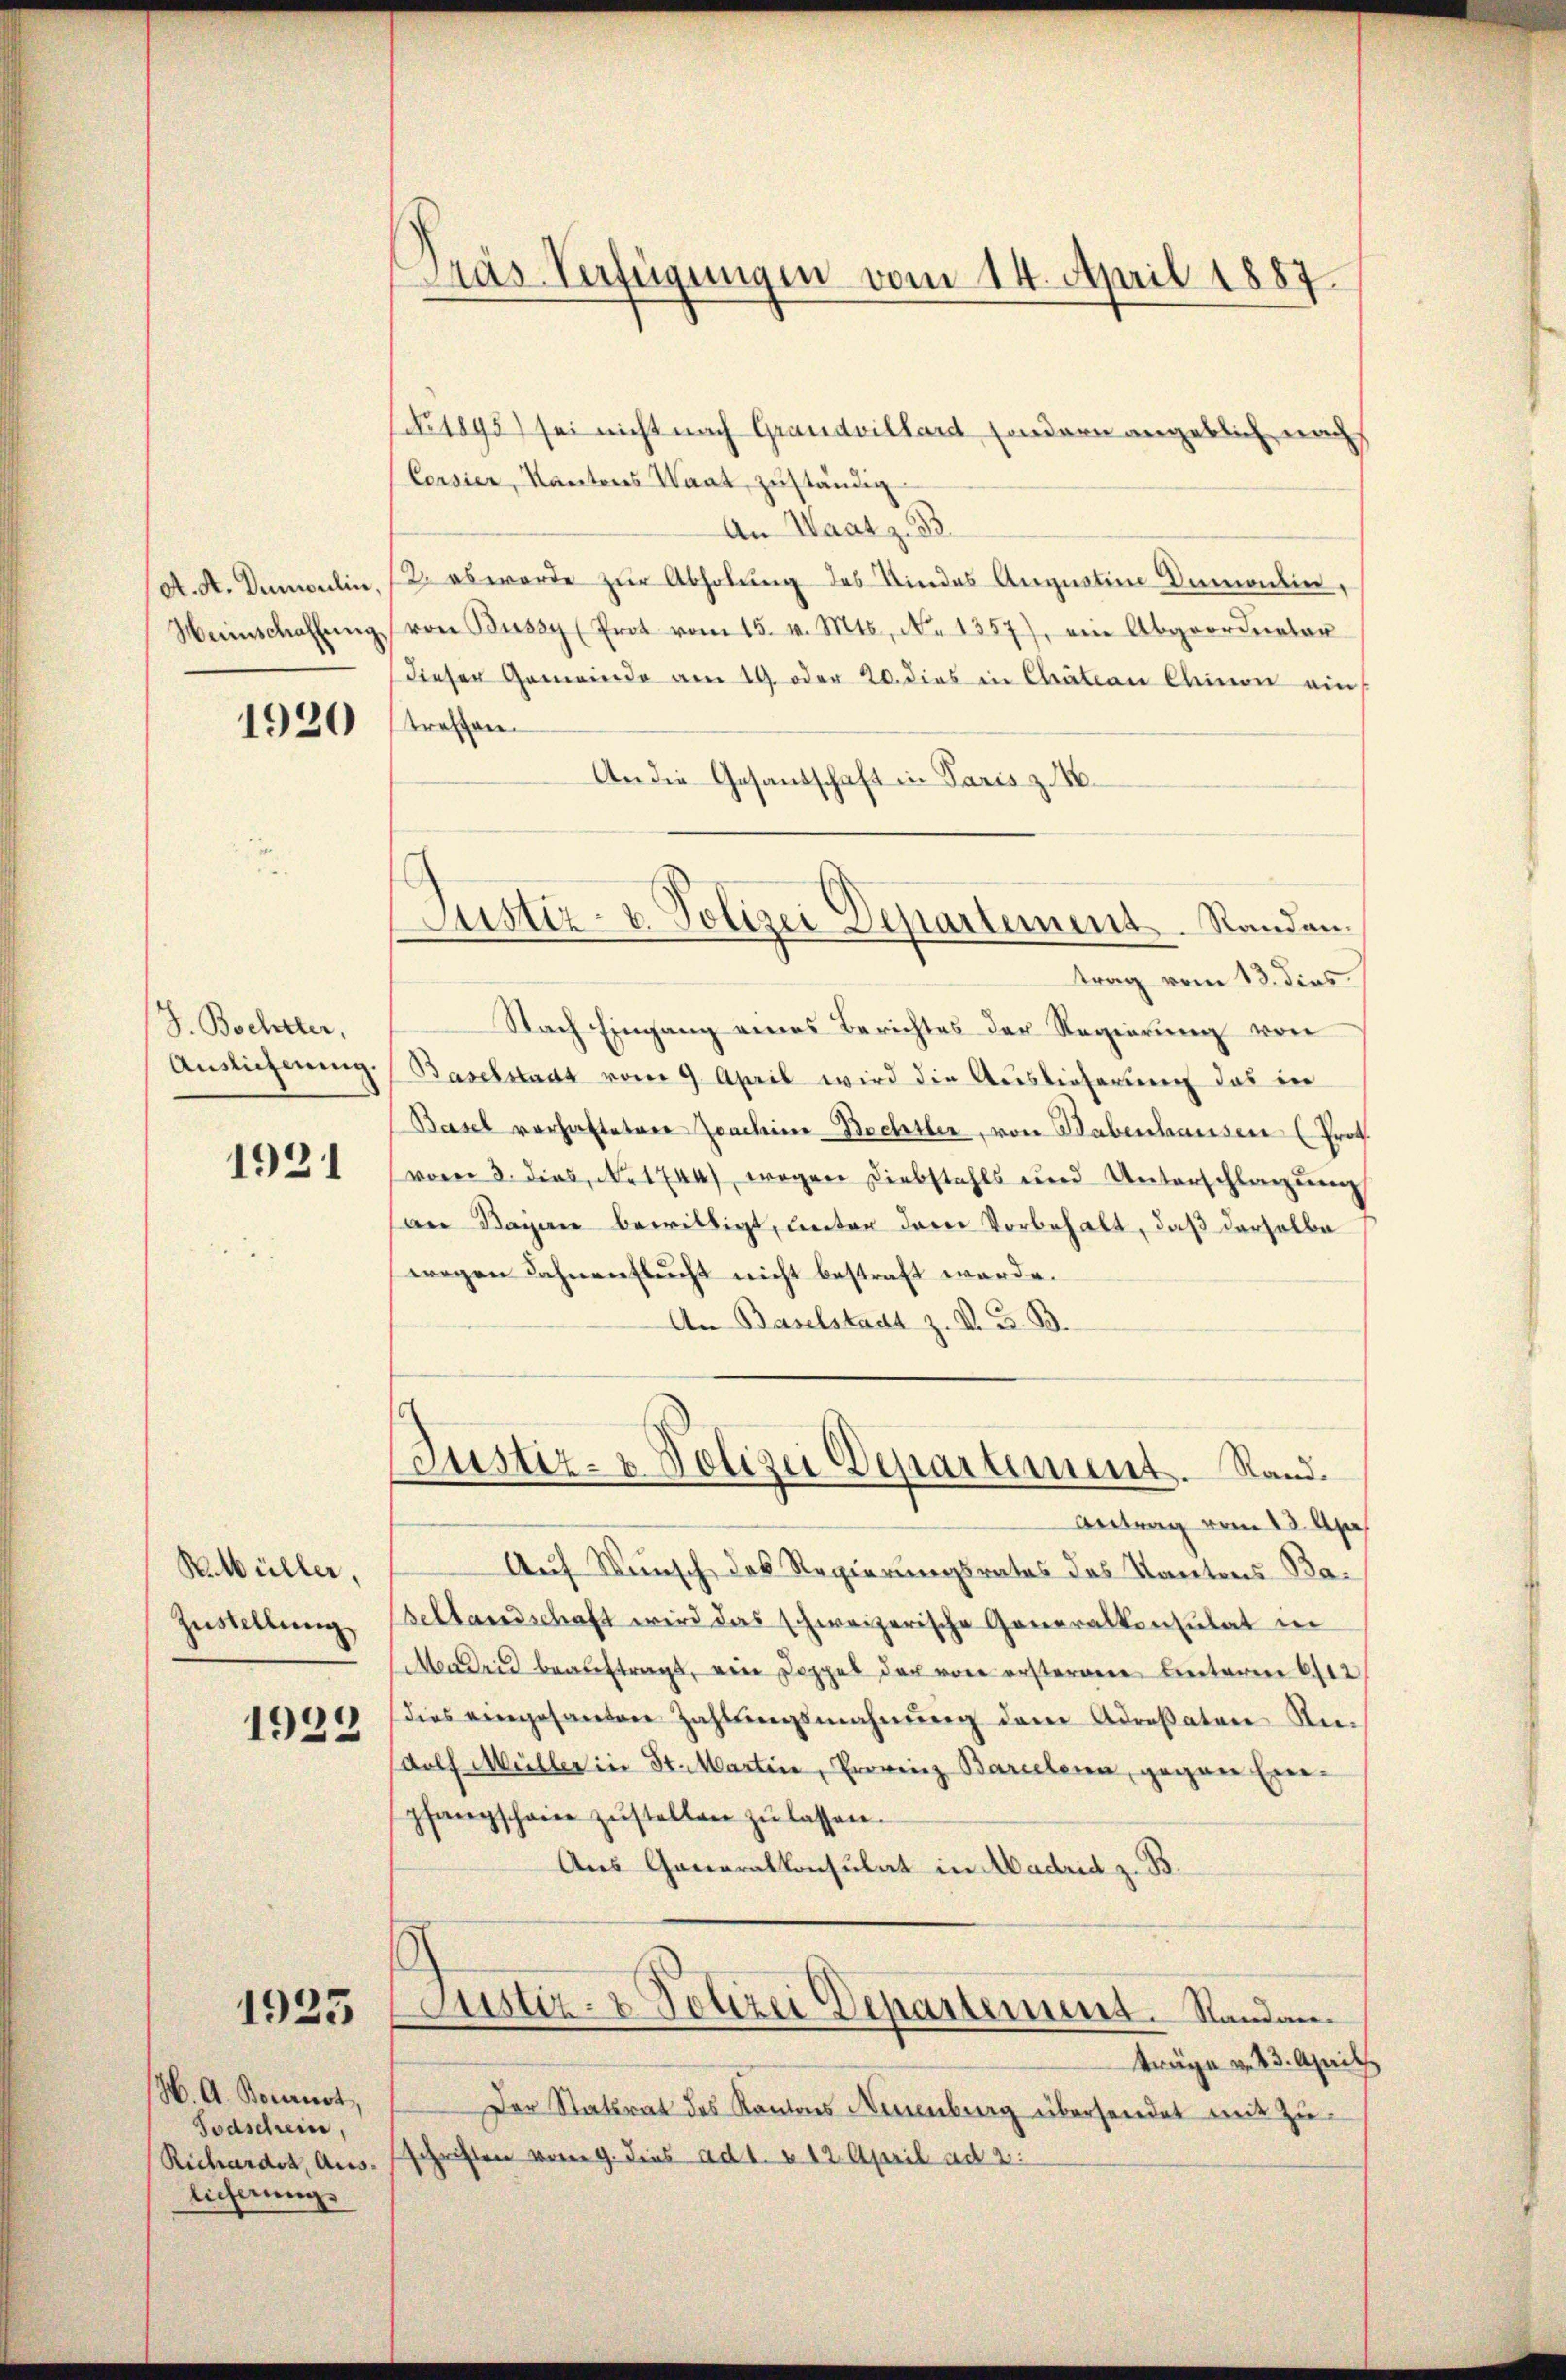
A. A. Dumoulin,
Weinschaffung.

1920

J. Bochter,
Auslicherung.

1921

RMüller,
Zustellung

)
1

1925

H. A. Bourist,
Todschrein,
Richardt, Aus
licherung

Pras Verfügungen vom 14. April 1887

Justiz- u. Polizei Departement. Randan¬

No. 1895) sei nicht nach Grandvillant sondern angeblich nach
Corsier, Kantons Waat, zuständig
An Waatz. B.
2. es werde zur Abholung des Kindes Agnation Dumontin,
von Bussy (Prot vom 15. v. Mts., N. 1357), ein Abgeordneter
dieser Gemeinde am 19. oder 20. dies in Chratian Kleinen ein
treffen.
An die Gesandschaft in Paris z. B.
trag vom 13. dies
Nach Eingang eines Berichtes der Regierung von
Baselstadt vom 9. April wird die Auslieferung das in
Basel vorhafteten Joachine-Bechtler, von Babenhausen (Prof.
vom 3. dies, No. 1744), wegen Diebstahls und Unterschlagung
an Bayan bewilligt, unter dem Vorbehalt, daß derselbe
wegen Fahnenflucht nicht bestraft werde.
An Baselstadt z. V. B. B.
Justiz- u. Polizei Departement. Rand.
Antrag vom 13. Apr
Auf Wunsch des Regierungsrates des Kantons Babellandschaft wird das schweizerische Generalkonsulat in
Madrid beaŭftragt, ein Doppel der von ersterem Unterm 6/12
dies eingesanten Zahlŭngsmahnŭng dem Adresaten An-
dolf Müller in 31. Martine, Provinz Barcelena, gegen Einpfangschwier zŭstellen zŭ lassen.
Aus Generalkonsulat in Madrid z. B.
Justiz- & Polizei Departement. Standanträge v. 23. Aprill
Der Statsrat des Kantons Neuenburg überhandet mit Zuschriften vom 9. dies ad 1. v. 12. April ad 2.